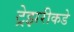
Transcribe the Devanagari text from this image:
ट्रेझरीकडे